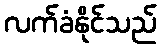
လက်ခံနိုင်သည်